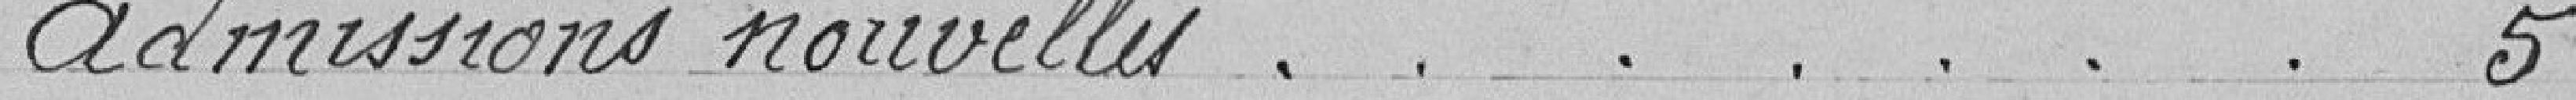
Admissions nouvelles.............................................. 5